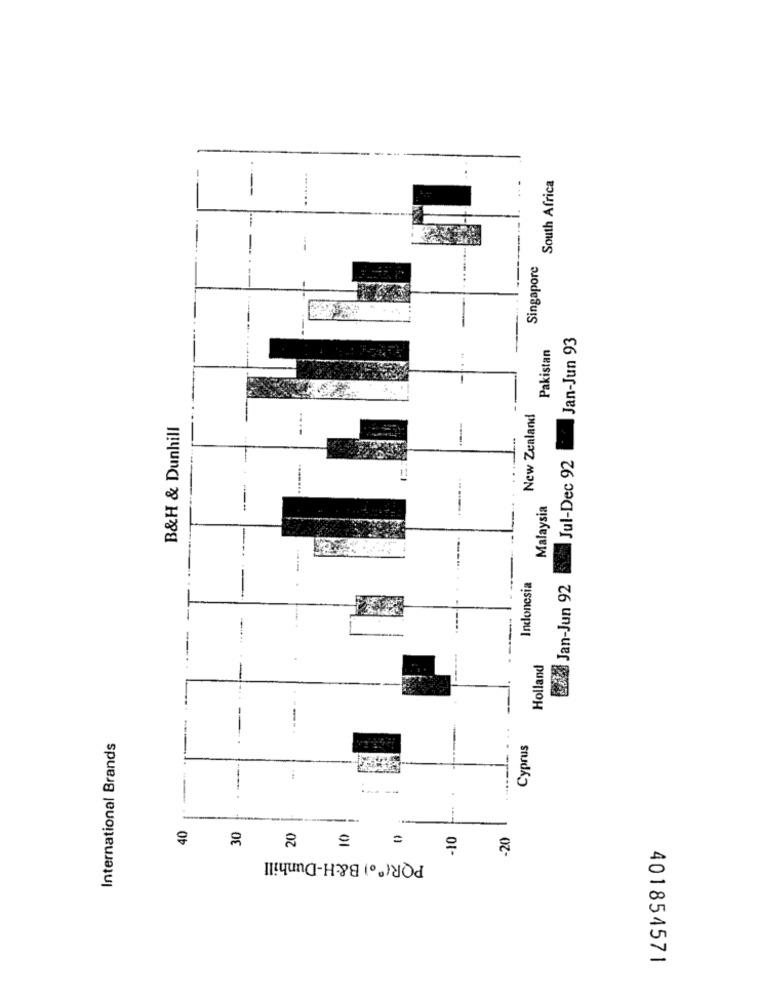
--..
South Africa
Singapore
Jan-Jun 93
Pakistan
New Zealand
B&H & Dunhill
Jul-Dec 92
Malaysia
Indonesia
Laks Jan-Jun 92
Holland
---
International Brands
Cyprus
40
---
30
20
-10
-20
POR( %) B&H-Dunhill
401854571